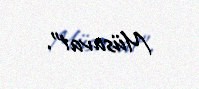
Müsavat”.